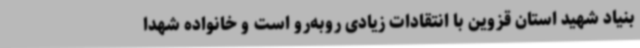
بنیاد شهید استان قزوین با انتقادات زیادی روبه‌رو است و خانواده شهدا